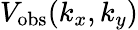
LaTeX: V_{\mathrm{obs}}(k_{x},k_{y})